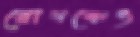
রোগকেও